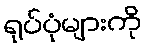
ရုပ်ပုံများကို